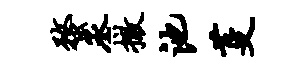
蝥丞撤池芟